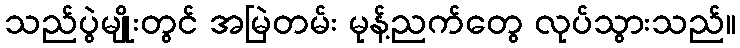
သည်ပွဲမျိုးတွင် အမြဲတမ်း မုန့်ညက်တွေ လုပ်သွားသည်။